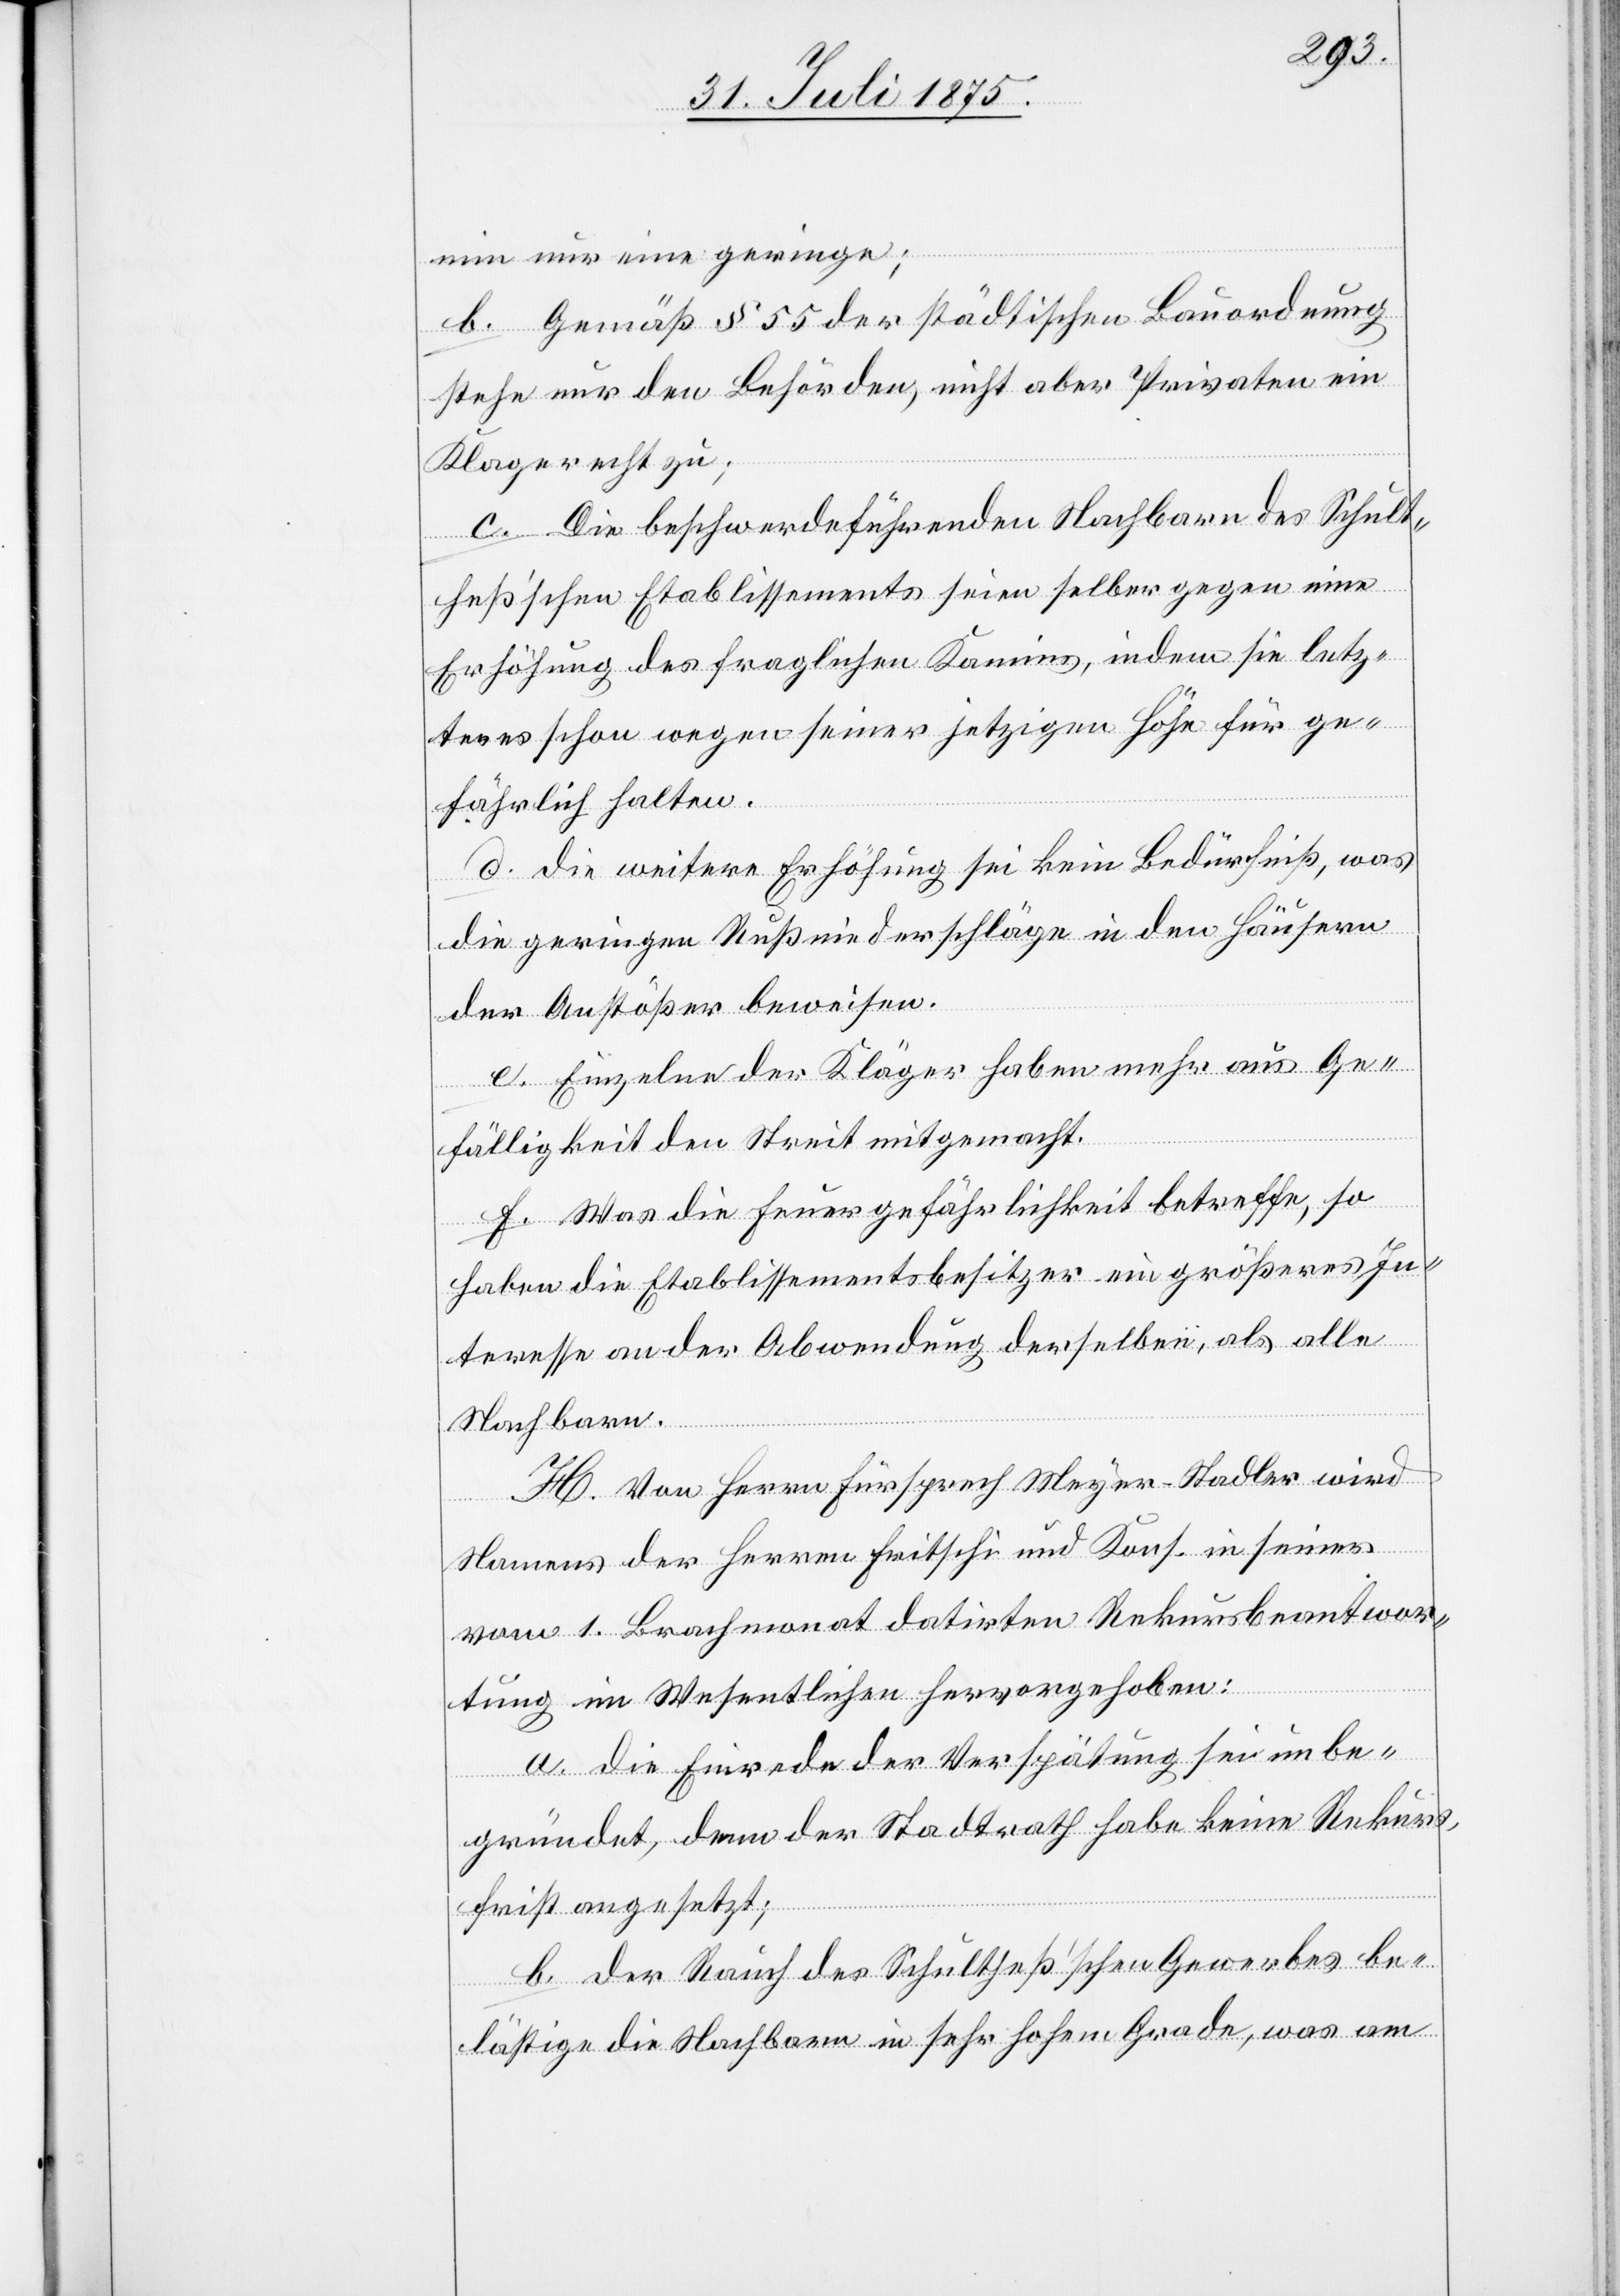
min nur eine geringe;
b. Gemäß § 55 der städtischen Bauordnung
stehe nur den Behörden, nicht aber Privaten ein
Klagerecht zu;
c. Die beschwerdeführenden Nachbarn des Schult¬
heß’schen Etablissements seien selber gegen eine
Erhöhung des fraglichen Kamins, indem sie letz¬
teres schon wegen seiner jetzigen Höhe für ge¬
fährlich halten.
d. die weitere Erhöhung sei kein Bedürfniß, was
die geringen Rußniederschläge in den Häusern
der Anstößer beweisen.
e. Einzelne der Kläger haben mehr aus Ge¬
fälligkeit den Streit mitgemacht.
f. Was die Feuergefährlichkeit betreffe, so
haben die Etablissementsbesitzer ein größeres In¬
teresse an der Abwendung derselben, als alle
Nachbarn.
H. Von Herrn Fürsprech Meyer-Stadler wird
Namens der Herren Fritschi und Kons. in seiner
vom 1. Brachmonat datirten Rekursbeantwor¬
tung im Wesentlichen hervorgehoben:
a. die Einrede der Verspätung sei unbe¬
gründet, denn der Stadtrath habe keine Rekurs¬
frist angesetzt;
b. der Rauch des Schultheß’schen Gewerbes be¬
lästige die Nachbarn in sehr hohem Grade, was am